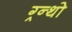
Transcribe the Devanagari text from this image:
ग्र्न्थो